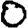
Digit: 0